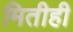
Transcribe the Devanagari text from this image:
मितीही